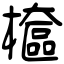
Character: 檶